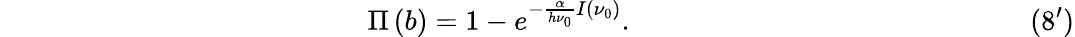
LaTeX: \qquad\qquad\qquad\qquad\qquad\quad\quad\quad\Pi\left(b\right)=1-e^{-\frac{\alpha}{h\nu_{0}}I({\nu_{0}})}.\qquad\qquad\qquad\qquad\qquad\qquad\quad\quad(8^{\prime})